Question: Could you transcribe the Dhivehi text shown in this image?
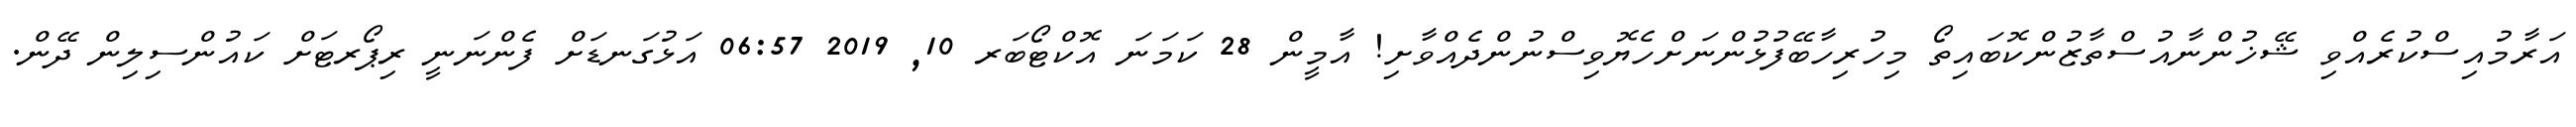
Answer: އަރާމުއިސްކުރެއްވި ޝޭޚުންނާއުސްތާޒުންކޮބައިތޯ މިހުރިހާބޭފުޅުންނަށްހެޔޮވިސްނުންދެއްވާށި! އާމީން 28 ކަމަނަ އޮކްޓޯބަރ 10, 2019 06:57 އަޅުގަނޑަށް ފެންނަނީ ރިޕޯރޓަށް ކައުންސިލިން ދޭން.